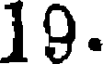
19.